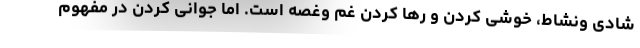
شادی ونشاط، خوشی کردن و رها کردن غم وغصه است. اما جوانی کردن در مفهوم